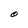
Character: O